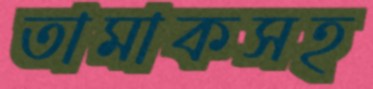
তামাকসহ